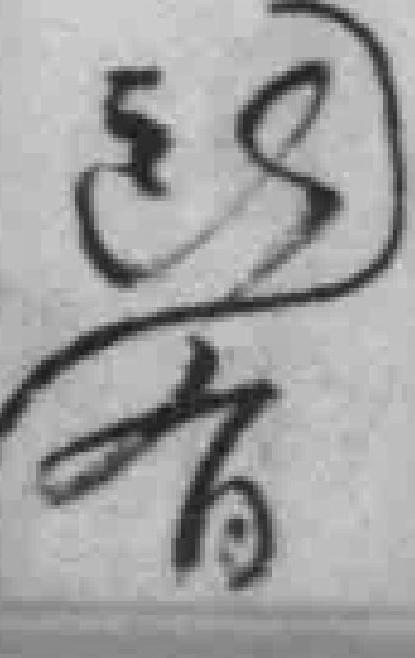
既有